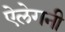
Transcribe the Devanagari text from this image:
ऐलेगनी